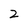
Character: 2